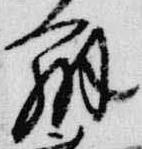
弁